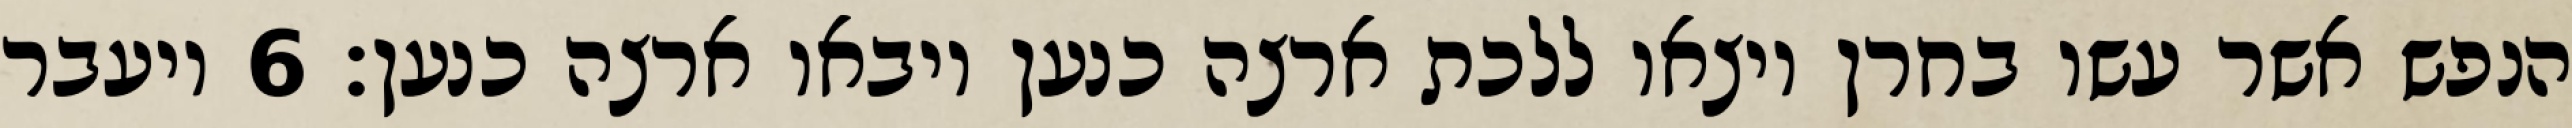
הנפש אשר עשו בחרן ויצאו ללכת ארצה כנען ויבאו ארצה כנען׃ ‎6‏ ויעבר